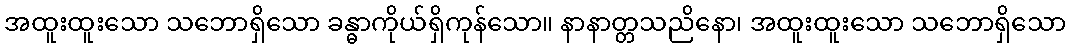
အထူးထူးသော သဘောရှိသော ခန္ဓာကိုယ်ရှိကုန်သော။ နာနာတ္တသညိနော၊ အထူးထူးသော သဘောရှိသော